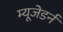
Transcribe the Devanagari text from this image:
म्यूजेडर्न